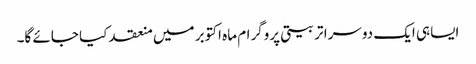
ایساہی ایک دوسرا تربیتی پروگرام ماہ اکتوبر میں منعقد کیا جائے گا۔